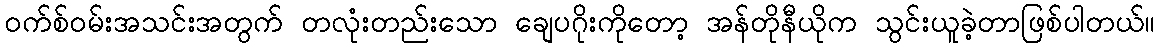
၀က်စ်ဝမ်းအသင်းအတွက် တလုံးတည်းသော ချေပဂိုးကိုတော့ အန်တိုနီယိုက သွင်းယူခဲ့တာဖြစ်ပါတယ်။